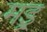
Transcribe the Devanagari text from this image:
मइ्र